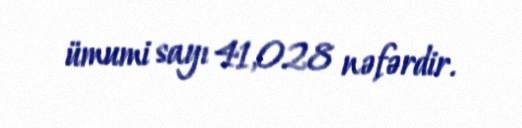
ümumi sayı 41,028 nəfərdir.